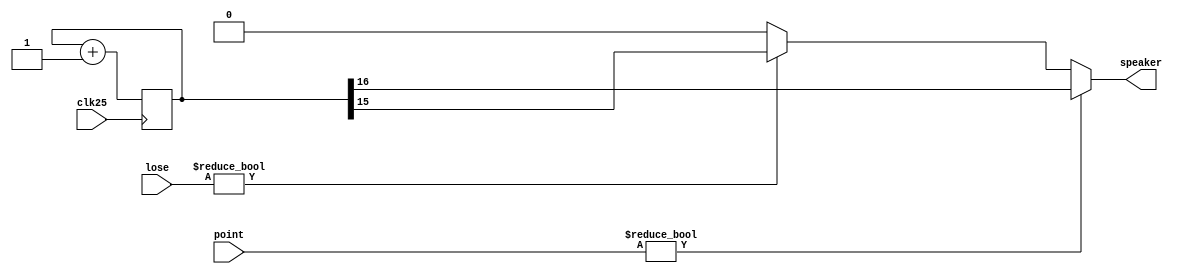
`timescale 1ns / 1ps
//////////////////////////////////////////////////////////////////////////////////
// Company: 
// Engineer: 
// 
// Design Name: 
// Module Name:    sound 
// Project Name: 
// Target Devices: 
// Tool versions: 
// Description: 
//
// Dependencies: 
//
// Revision: 
// Revision 0.01 - File Created
// Additional Comments: 
//
//////////////////////////////////////////////////////////////////////////////////
module sound(
    input clk25,
	 input[1:0] point,
	 input[1:0] lose,
	 output speaker
	 );

reg [16:0] counter;
			
always @(posedge clk25)
	counter <= counter + 1;

assign speaker = (point != 2'b00) ? counter[16]:
			        (lose != 2'b00) ? counter[15]:
						0;

endmodule